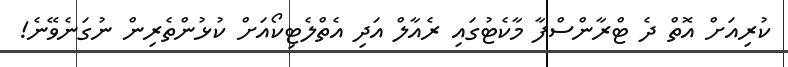
ކުރިއަށް އޮތް ދެ ޓްރާންސްފާ މާކެޓުގައި ރެއާލް އަދި އެތްލެޓިކޯއަށް ކުޅުންތެރިން ނުގަނެވޭނެ!